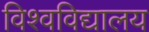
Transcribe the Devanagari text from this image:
विश्वविद्यालय